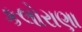
કલોરાણા